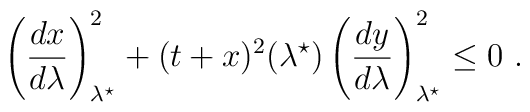
\left(\frac{dx}{d\lambda}\right)_{\lambda^\star}^2 + (t+x)^2(\lambda^\star)  \left(\frac{dy}{d\lambda}\right)_{\lambda^\star}^2 \leq 0~.